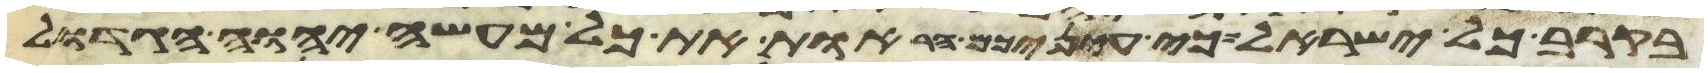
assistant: בקרב כל ישראל כי עיניכם הראות את כל מעשה יהוה הגדול